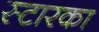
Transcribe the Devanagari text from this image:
स्टारका